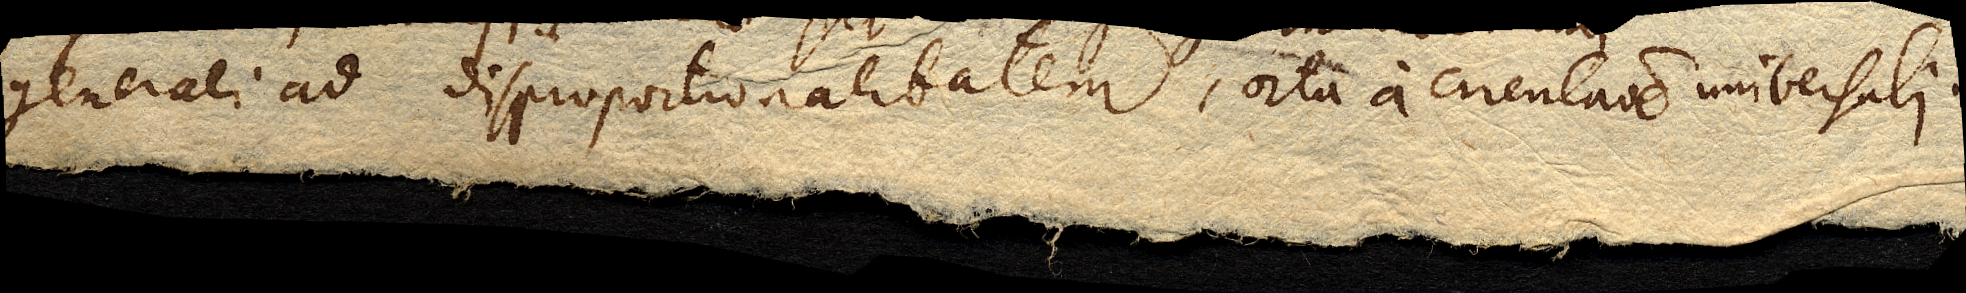
generali ad disproportionalitatem, orta a circulatione universali.